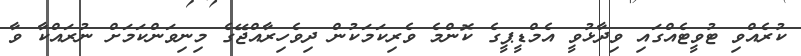
ކުރެއްވި ޓުވީޓެއްގައި ވިދާޅުވީ އެމްޑީޕީގެ ކޮންމެ ވެރިކަމަކުން ދިވެހިރާއްޖޭގެ މިނިވަންކަމަށް ނުރައްކާ ވާ